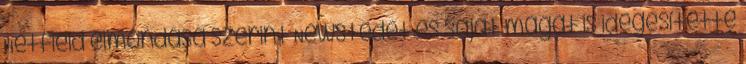
Hetfield elmondása szerint Newstedet és saját magát is idegesítette